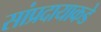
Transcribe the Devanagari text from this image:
सांप्रदायाकडे